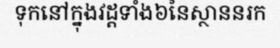
ទុកនៅក្នុងវដ្តទាំង៦នៃស្ថាននរក